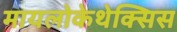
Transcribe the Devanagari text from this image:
मायलोकेथेक्सिस